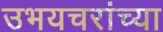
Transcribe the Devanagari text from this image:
उभयचरांच्या